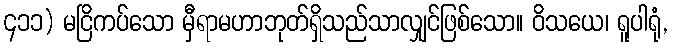
၄၁၁) မငြိကပ်သော မှီရာမဟာဘုတ်ရှိသည်သာလျှင်ဖြစ်သော။ ဝိသယေ၊ ရူပါရုံ,